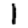
Digit: 1